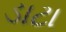
ડાટા